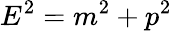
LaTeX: E^{2}=m^{2}+p^{2}